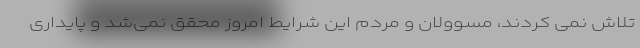
تلاش نمی کردند، مسوولان و مردم این شرایط امروز محقق نمی‌شد و پایداری